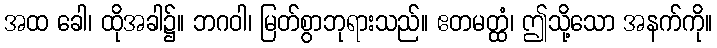
အထ ခေါ၊ ထိုအခါ၌။ ဘဂဝါ၊ မြတ်စွာဘုရားသည်။ ဧတမတ္ထံ၊ ဤသို့သော အနက်ကို။